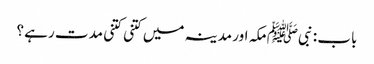
باب : نبیﷺ مکہ اور مدینہ میں کتنی کتنی مدت رہے ؟